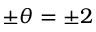
\pm \theta = \pm 2